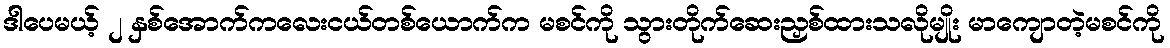
ဒါပေမယ့် ၂ နှစ်အောက်ကလေးငယ်တစ်ယောက်က မစင်ကို သွားတိုက်ဆေးညှစ်ထားသလိုမျိုး မာကျောတဲ့မစင်ကို